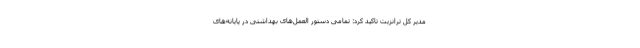
مدیر کل ترانزیت تاکید کرد: تمامی دستور العمل‌های بهداشتی در پایانه‌های